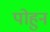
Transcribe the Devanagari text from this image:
पोहुन